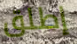
إطلق